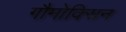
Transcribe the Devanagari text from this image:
गौमोक्सिन